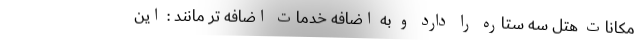
مکانات هتل سه ستاره را دارد و به اضافه خدمات اضافه تر مانند : این